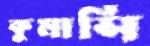
কুমাসি